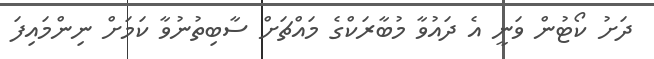
ދަށު ކޯޓުން ވަނީ އެ ދައުވާ މުބާރަކްގެ މައްޗަށް ސާބިތުނުވާ ކަމަށް ނިންމައިފަ